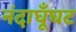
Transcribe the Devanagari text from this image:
नंदाघूँघट